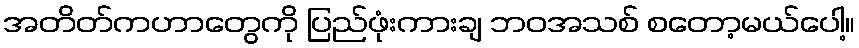
အတိတ်ကဟာတွေကို ပြည်ဖုံးကားချ ဘဝအသစ် စတော့မယ်ပေါ့။